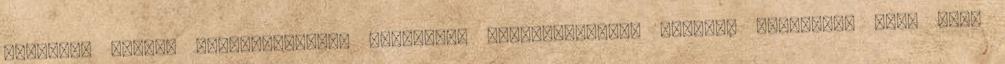
emelkedő állami beruházásokkal kénytelen ellensúlyozni. Ezektől remélheti azt, hogy